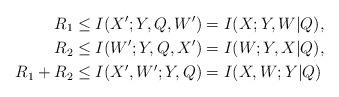
LaTeX: \begin{align*} R_1 &\le I(X';Y,Q,W') = I(X;Y,W|Q),\\ R_2 &\le I(W';Y,Q,X') = I(W;Y,X|Q),\\ R_1 + R_2 &\le I(X',W';Y,Q) = I(X,W;Y|Q)\end{align*}